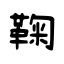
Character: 鞠